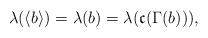
LaTeX: \begin{align*}\lambda(\langle b \rangle)= \lambda(b) = \lambda(\mathfrak{c}(\Gamma(b))),\end{align*}